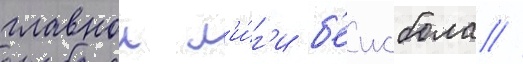
главнои л'и́г'и б'еисбола //